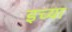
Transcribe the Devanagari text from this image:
इच्या